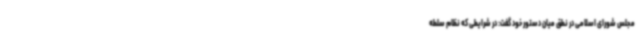
مجلس شورای اسلامی در نطق میان دستور خود گفت: در شرایطی که نظام سلطه